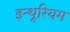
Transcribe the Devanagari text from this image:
इन्थूरियम